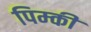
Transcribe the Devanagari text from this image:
पिम्की